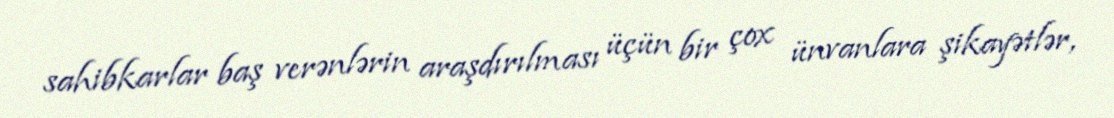
sahibkarlar baş verənlərin araşdırılması üçün bir çox ünvanlara şikayətlər,